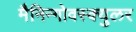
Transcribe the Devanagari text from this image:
मैनिन्गोवस्क्युलर